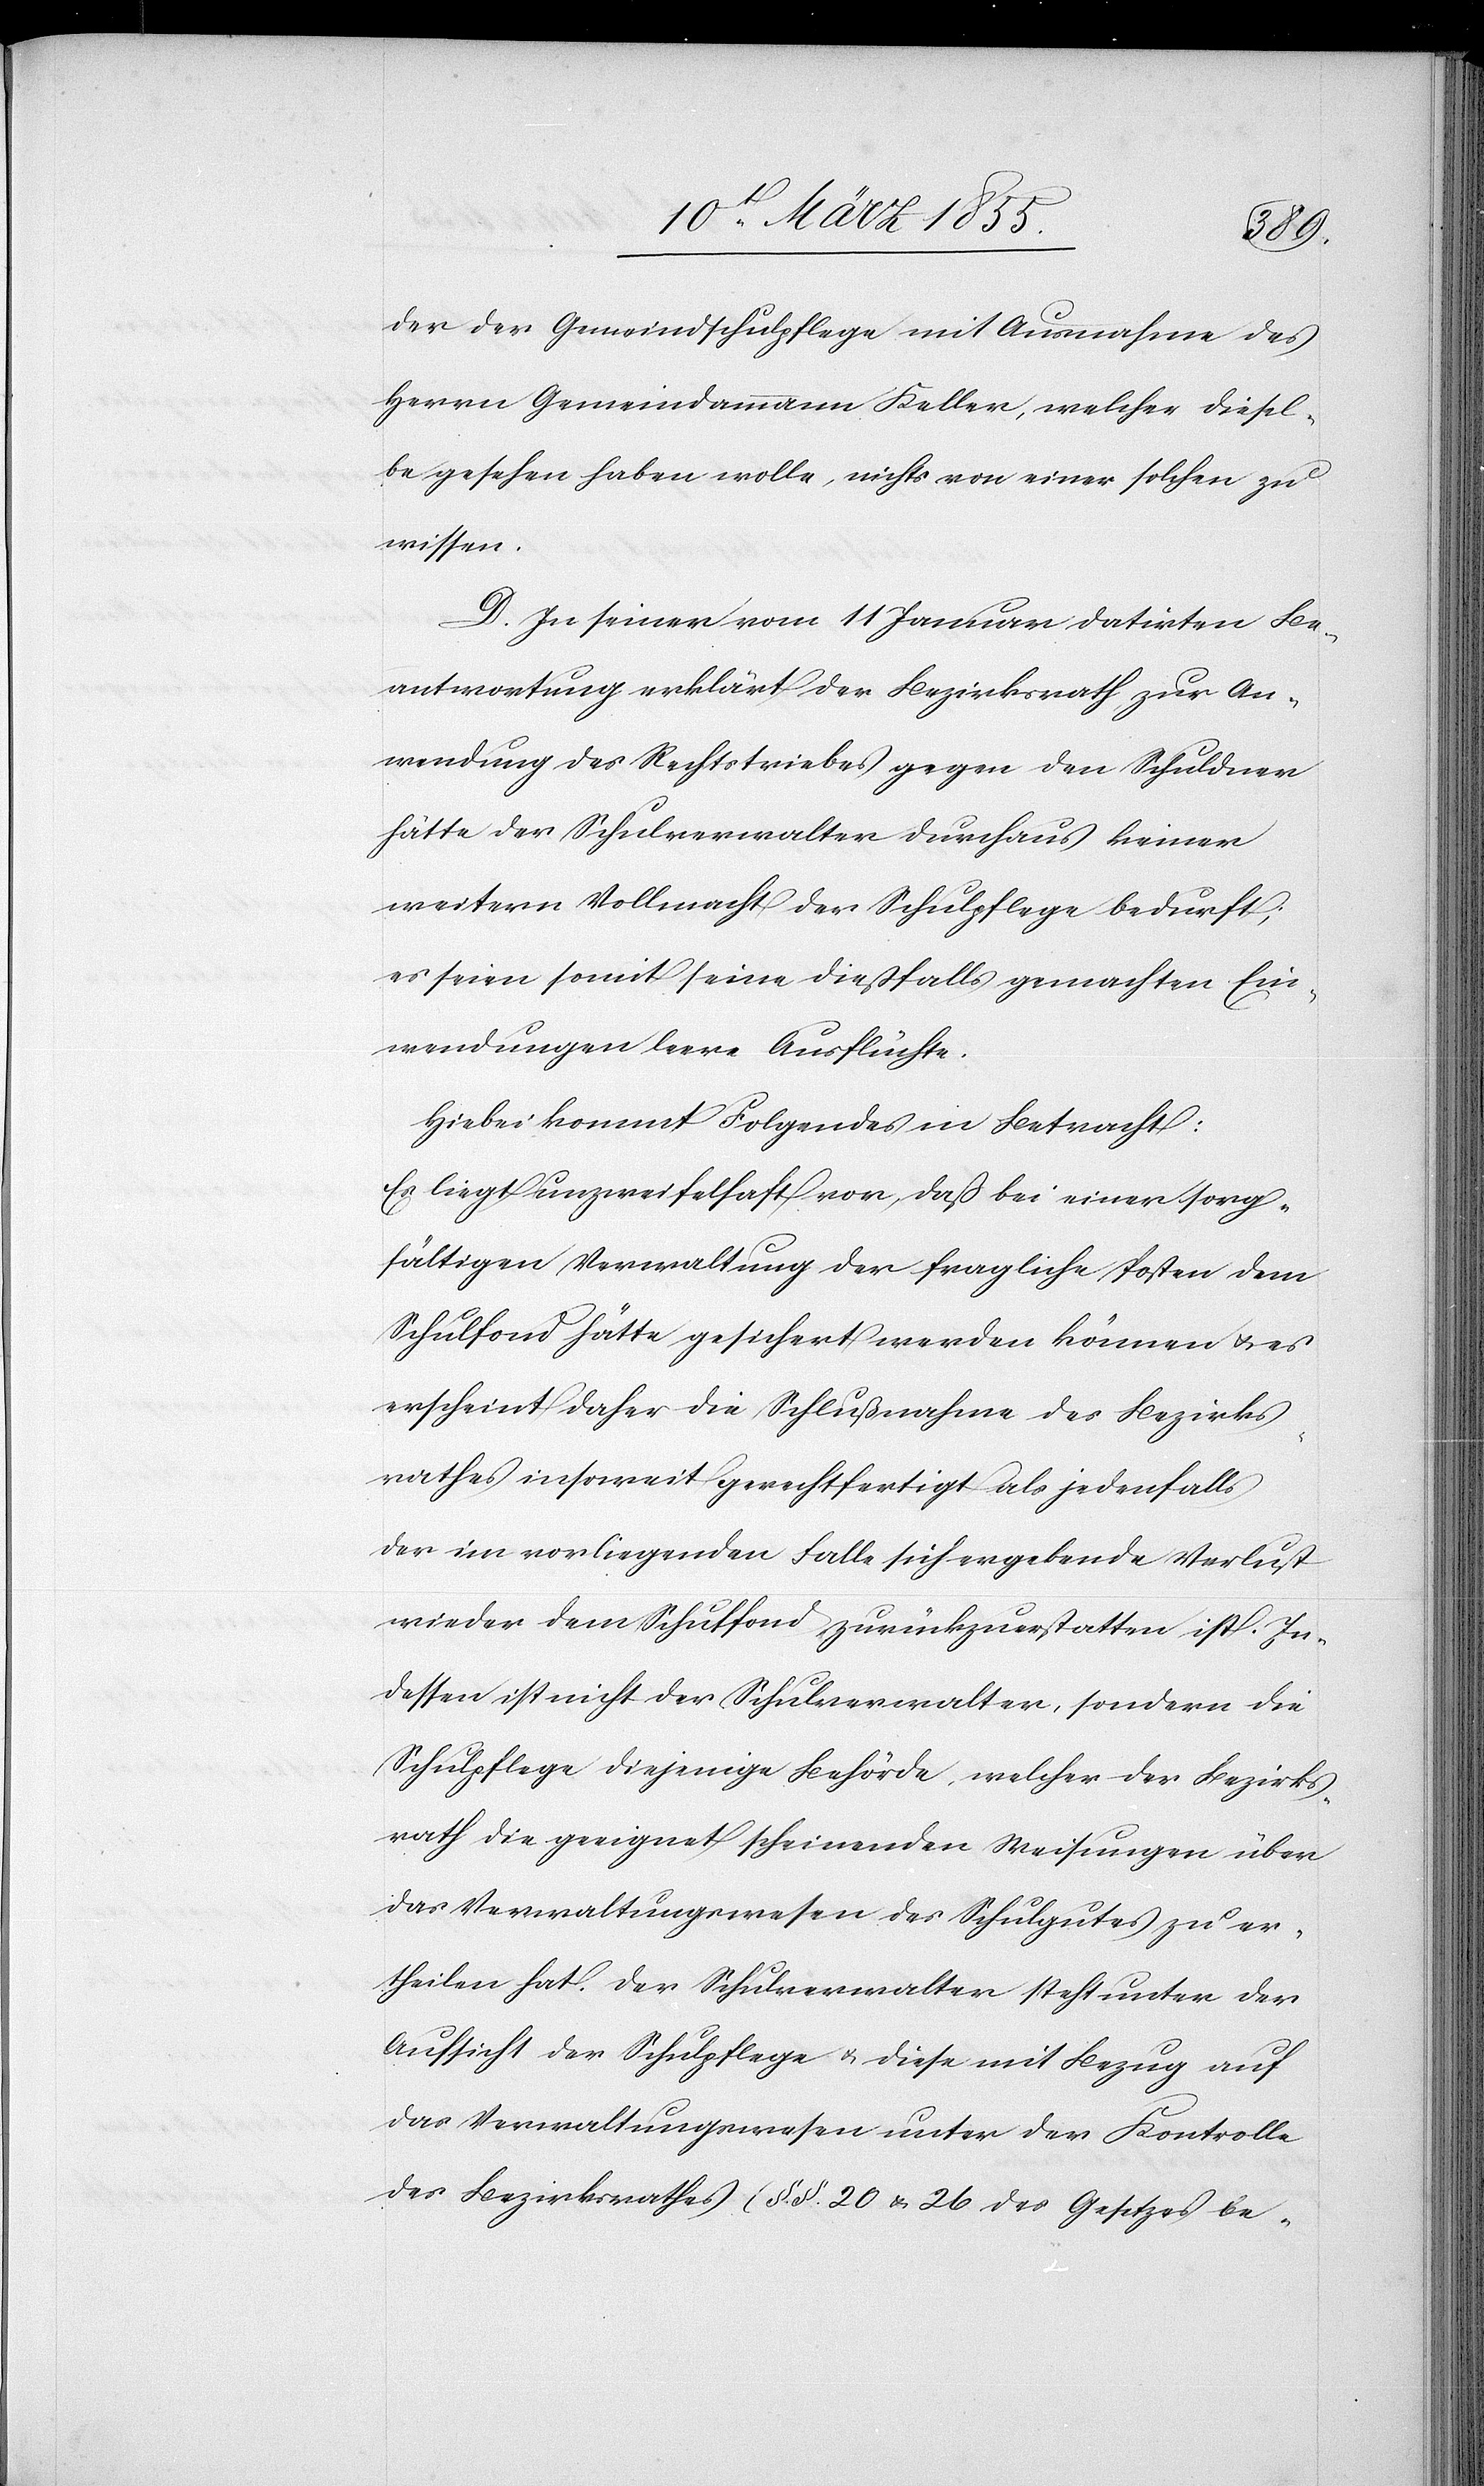
der der Gemeindschulpflege mit Ausnahme des
Herrn Gemeindammann Keller, welcher diesel¬
be gesehen haben wolle, nichts von einer solchen zu
wissen.
D. In seiner vom 11 Januar datirten Be¬
antwortung erklärt der Bezirksrath, zur An¬
wendung des Rechtstriebes gegen den Schuldner
hätte der Schulverwalter durchaus keiner
weitern Vollmacht der Schulpflege bedurft;
es seien somit seine dießfalls gemachten Ein¬
wendungen leere Ausflüchte.
Hiebei kommt Folgendes in Betracht:
Es liegt unzweifelhaft vor, daß bei einer sorg¬
fältigen Verwaltung der fragliche Posten dem
Schulfond hätte gesichert werden können & es
erscheint daher die Schlußnahme des Bezirks¬
rathes insoweit gerechtfertigt als jedenfalls
der im vorliegenden Falle sich ergebende Verlust
wieder dem Schulfond zurückzuerstatten ist. In¬
dessen ist nicht der Schulverwalter, sondern die
Schulpflege diejenige Behörde, welcher der Bezirks¬
rath die geeignet scheinenden Weisungen über
das Verwaltungswesen des Schulgutes zu er¬
theilen hat. Der Schulverwalter steht unter der
Aufsicht der Schulpflege & diese mit Bezug auf
das Verwaltungswesen unter der Kontrolle
des Bezirksrathes (§.§. 20 & 26 des Gesetzes be-